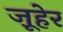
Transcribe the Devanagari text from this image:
ज़ूहेर